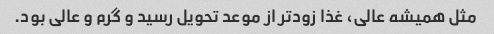
مثل همیشه عالی، غذا زودتر از موعد تحویل رسید و گرم و عالی بود.